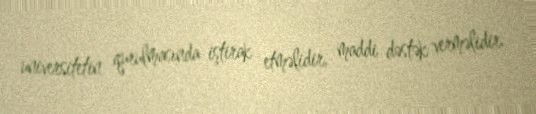
universitetin qurulmasında iştirak etməlidir, maddi dəstək verməlidir.